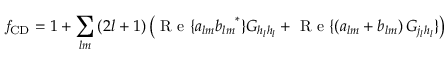
\mathit { f } _ { \mathrm { { C D } } } = 1 + \sum _ { l m } \left( 2 l + 1 \right) \left( \mathrm { ~ R ~ e ~ } \{ a _ { l m } { b _ { l m } } ^ { * } \} G _ { h _ { l } h _ { l } } + \mathrm { ~ R ~ e ~ } \{ \left( a _ { l m } + b _ { l m } \right) G _ { j _ { l } h _ { l } } \} \right)